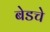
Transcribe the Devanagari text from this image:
बेडचे